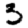
Digit: 3